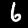
Digit: 6